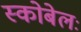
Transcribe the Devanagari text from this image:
स्कोबेलः